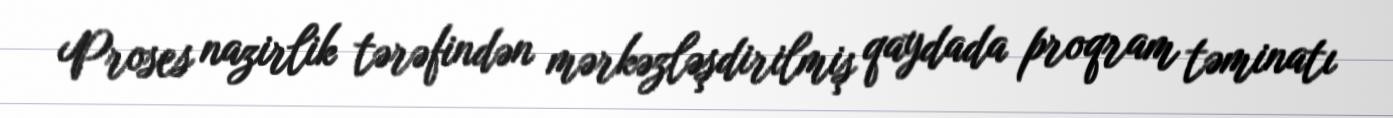
Proses nazirlik tərəfindən mərkəzləşdirilmiş qaydada proqram təminatı